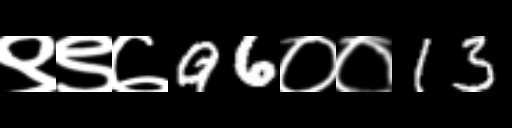
Text: ९९७96००13